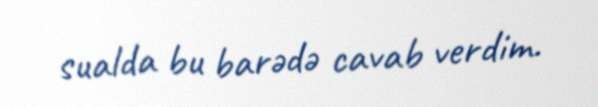
sualda bu barədə cavab verdim.